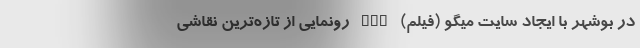
در بوشهر با ایجاد سایت میگو (فیلم) nan رونمایی از تازه‌ترین نقاشی